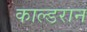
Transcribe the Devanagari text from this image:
काल्डरान